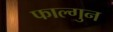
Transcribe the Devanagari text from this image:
फाल्‍गुन